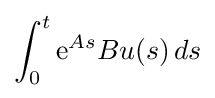
\int _{0}^{t}{\rm {e}}^{As}Bu(s)\,ds